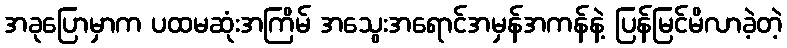
အခုပြောမှာက ပထမဆုံးအကြိမ် အသွေးအရောင်အမှန်အကန်နဲ့ ပြန်မြင်မိလာခဲ့တဲ့